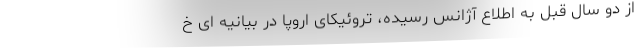
از دو سال قبل به اطلاع آژانس رسیده، تروئیکای اروپا در بیانیه ای خ